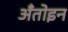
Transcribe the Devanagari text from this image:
अँतोइन